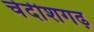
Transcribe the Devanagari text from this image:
चेदीशगढ़